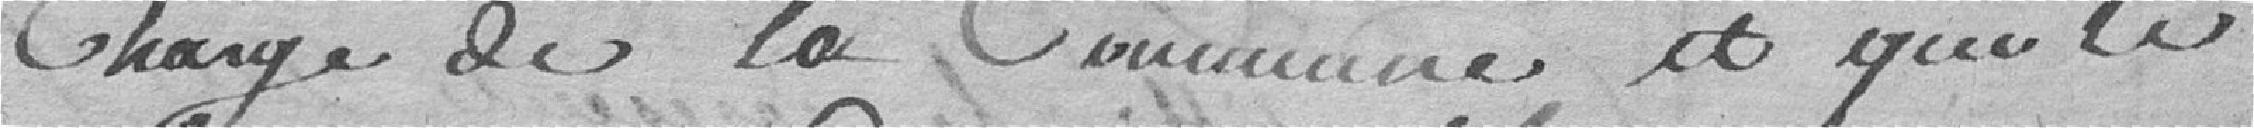
Charge de la Commune et que le